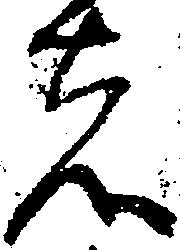
者